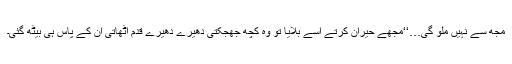
مجھ سے نہیں ملو گی…‘‘مجھے حیران کرتے اسے بلایا تو وہ کچھ جھجکتی دھیرے دھیرے قدم اٹھاتی ان کے پاس ہی بیٹھ گئی۔